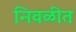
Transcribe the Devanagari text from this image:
निवळीत